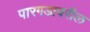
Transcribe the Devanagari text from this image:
पारगडावरील